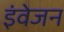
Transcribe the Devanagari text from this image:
इंवेजन